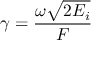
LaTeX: \gamma = { \frac { \omega { \sqrt { 2 E _ { i } } } } { F } }